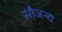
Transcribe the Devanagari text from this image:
सौजन्‍य